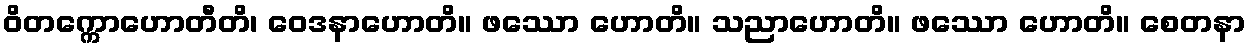
ဝိတက္ကောဟောတီတိ၊ ဝေဒနာဟောတိ။ ဖဿော ဟောတိ။ သညာဟောတိ။ ဖဿော ဟောတိ။ စေတနာ